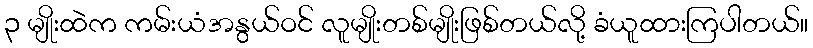
၃ မျိုးထဲက ကမ်းယံအနွယ်ဝင် လူမျိုးတစ်မျိုးဖြစ်တယ်လို့ ခံယူထားကြပါတယ်။